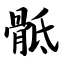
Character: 骶